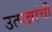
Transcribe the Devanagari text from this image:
उत्पन्नांची